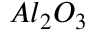
A l _ { 2 } O _ { 3 }